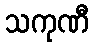
သကုဏီ